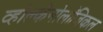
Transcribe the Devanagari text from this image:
व्होल्कॅनोलॉजिकल